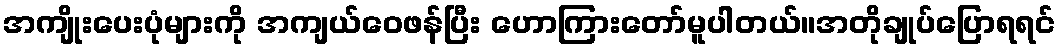
အကျိုးပေးပုံများကို အကျယ်ဝေဖန်ပြီး ဟောကြားတော်မူပါတယ်။အတိုချုပ်ပြောရရင်